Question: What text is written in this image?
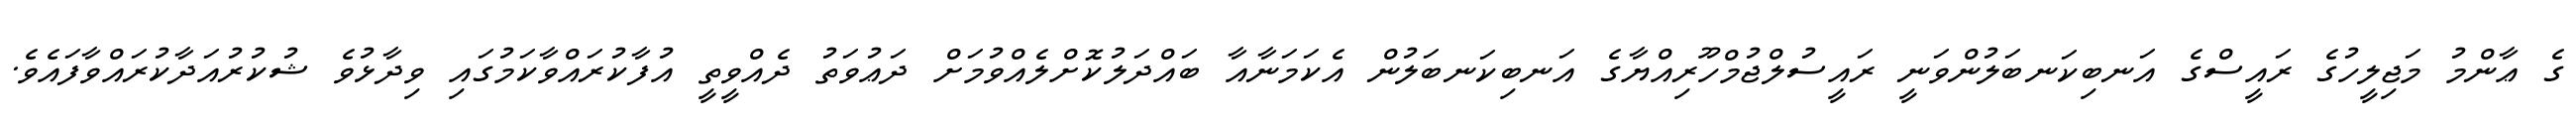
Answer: ގެ ޢާންމު މަޖިލީހުގެ ރައީސްގެ އަނބިކަނބަލުންވަނީ ރައީސުލްޖުމްހޫރިއްޔާގެ އަނބިކަނބަލުން އެކަމަނާއާ ބައްދަލުކޮށްލެއްވުމަށް ދަޢުވަތު ދެއްވީތީ އުފާކުރައްވާކަމުގައި ވިދާޅުވެ ޝުކުރުއަދާކުރައްވާފައެވެ.